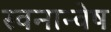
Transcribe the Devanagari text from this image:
स्वनान्वेष